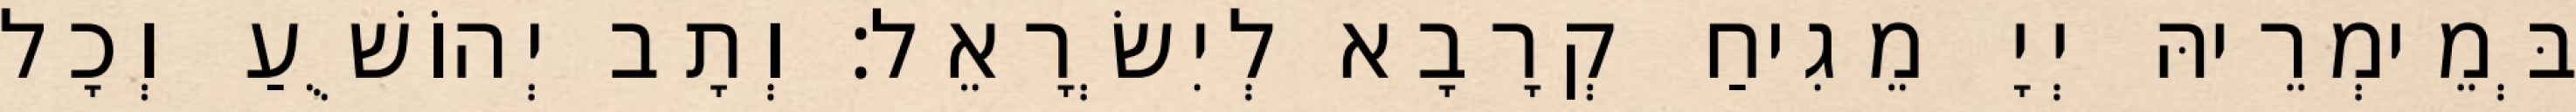
בְּמֵימְרֵיהּ יְיָ מֵגִיחַ קְרָבָא לְיִשְׂרָאֵל׃ וְתָב יְהוֹשֻׁעַ וְכָל